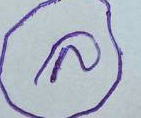
ล